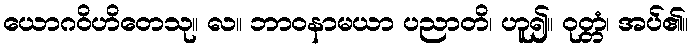
ယောဂဝိဟိတေသု။ လ။ ဘာဝနာမယာ ပညာတိ၊ ဟူ၍။ ဝုတ္တံ၊ အပ်၏။